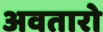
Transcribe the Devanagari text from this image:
अवतारो